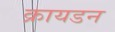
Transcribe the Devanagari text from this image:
क्रायडन